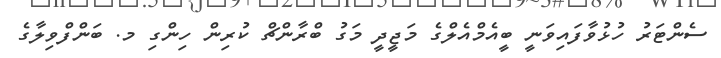
ސެންޓަރު ހުޅުވާފައިވަނީ ބީއެމްއެލްގެ މަޖީދީ މަގު ބްރާންޗް ކުރިން ހިންގި މ. ބަންފްވިލާގެ